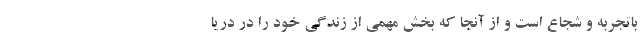
باتجربه و شجاع است و از آنجا که بخش مهمی از زندگی خود را در دریا